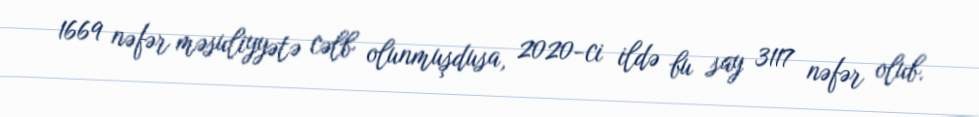
1669 nəfər məsuliyyətə cəlb olunmuşdusa, 2020-ci ildə bu say 3117 nəfər olub.